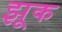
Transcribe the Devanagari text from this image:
झूक